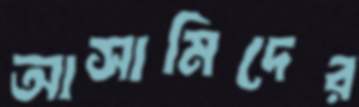
আসামিদের